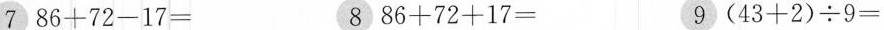
7 $$8 6 + 7 2 - 1 7 =$$ 8 $$8 6 + 7 2 + 1 7 =$$ 9 $$（ 4 3 + 2 ） {\div} 9 =$$